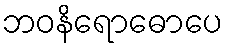
ဘဝနိရောဓောပေ